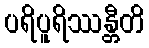
ပရိပူရိဿန္တီတိ